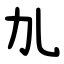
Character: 劜